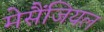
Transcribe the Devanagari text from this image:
मेसैंजियल